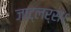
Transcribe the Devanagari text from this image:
ज़ाट्लर्स।